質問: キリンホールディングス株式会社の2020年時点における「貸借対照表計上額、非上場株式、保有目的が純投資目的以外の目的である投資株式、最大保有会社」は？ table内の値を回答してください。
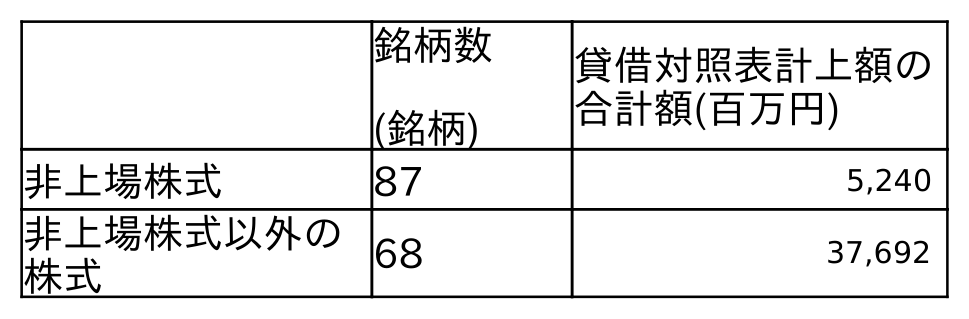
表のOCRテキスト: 銘柄数 (銘柄) 貸借対照表計上額の 合計額(百万円) 非上場株式 87 5,240 非上場株式以外の 株式 68 37,692
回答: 5,240